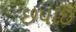
છપાઇ